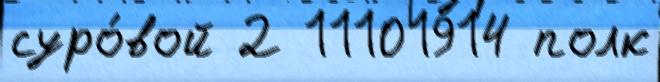
суро́вой 2 11101914 полк